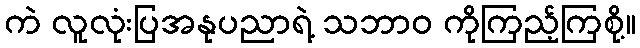
ကဲ လူလုံးပြအနုပညာရဲ့ သဘာဝ ကိုကြည့်ကြစို့။